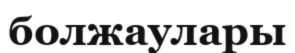
болжаулары